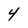
Character: 4